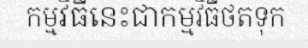
កម្មវិធីនេះជាកម្មវិធីថតទុក